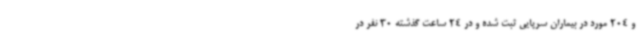
و 204 مورد در بیماران سرپایی ثبت شده و در 24 ساعت گذشته 30 نفر در